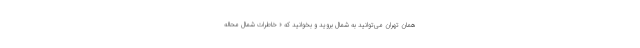
همان تهران می‌توانید به شمال بروید و بخوانید که « خاطرات شمال محاله